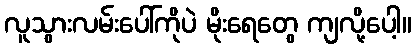
လူသွားလမ်းပေါ်ကိုပဲ မိုးရေတွေ ကျလို့ပေါ့။